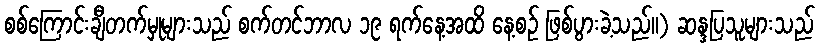
စစ်ကြောင်းချီတက်မှုများသည် စက်တင်ဘာလ ၁၉ ရက်နေ့အထိ နေ့စဉ် ဖြစ်ပွားခဲ့သည်။) ဆန္ဒပြသူများသည်